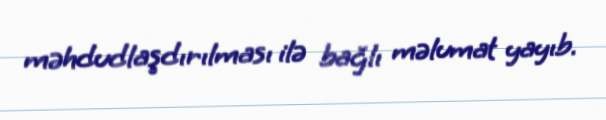
məhdudlaşdırılması ilə bağlı məlumat yayıb.